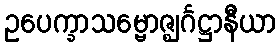
ဥပေက္ခာသမ္ဗောဇ္ဈင်္ဂဋ္ဌာနီယာ